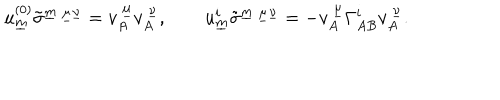
LaTeX: u _ { \underline { { { m } } } } ^ { ( 0 ) } \tilde { \sigma } ^ { \underline { { { m } } } ~ \underline { { { \mu } } } \underline { { { \nu } } } } = v _ { A } ^ { ~ \underline { { { \mu } } } } v _ { A } ^ { ~ \underline { { { \nu } } } } , \qquad u _ { \underline { { { m } } } } ^ { i } \tilde { \sigma } ^ { \underline { { { m } } } ~ \underline { { { \mu } } } \underline { { { \nu } } } } = - v _ { A } ^ { ~ \underline { { { \mu } } } } \Gamma _ { A B } ^ { i } v _ { A } ^ { ~ \underline { { { \nu } } } } .